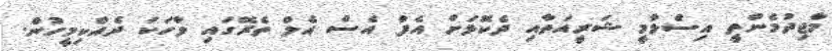
މާޖިދުމެންތީ އިސްލާމީ ޝަރީއަތާއި ދެކޮޅަށް އެފް އެސް އެލް ތެރޭގައި ވާހަކަ ދެއްކިމީހުން.